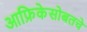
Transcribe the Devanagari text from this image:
आफ्रिकेसोबतचे